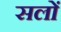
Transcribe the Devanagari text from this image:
सलों